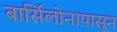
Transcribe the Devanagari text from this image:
बार्सिलोनापासून